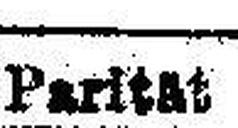
Parität